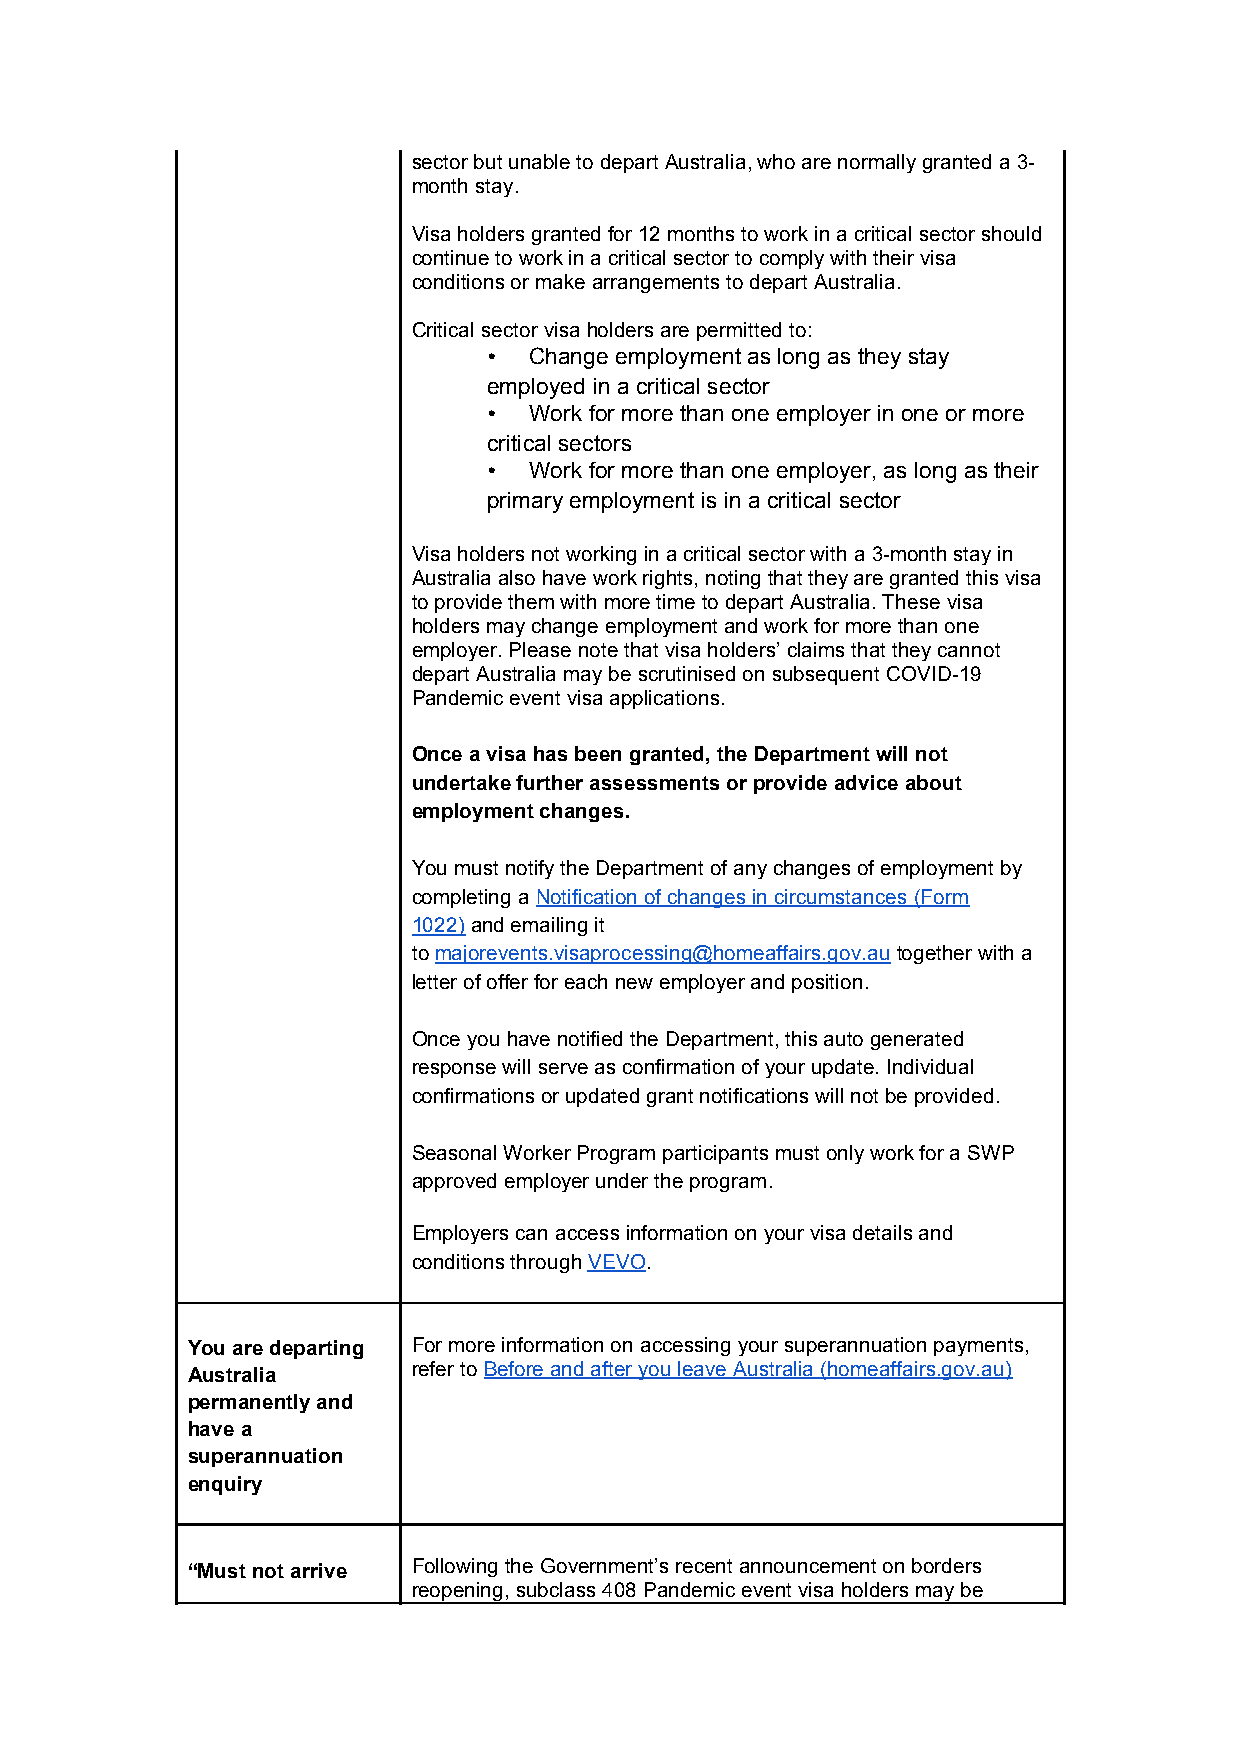
sector but unable to depart Australia, who are normally granted a 3-
 month stay.
 Visa holders granted for 12 months to work in a critical sector should
 continue to work in a critical sector to comply with their visa
 conditions or make arrangements to depart Australia.
 Critical sector visa holders are permitted to:
 •  Change employment as long as they stay
 employed in a critical sector
 •  Work for more than one employer in one or more
 critical sectors
 •  Work for more than one employer, as long as their
 primary employment is in a critical sector
 Visa holders not working in a critical sector with a 3-month stay in
 Australia also have work rights, noting that they are granted this visa
 to provide them with more time to depart Australia. These visa
 holders may change employment and work for more than one
 employer. Please note that visa holders’ claims that they cannot
 depart Australia may be scrutinised on subsequent COVID-19
 Pandemic event visa applications.
 Once a visa has been granted, the Department will not
 undertake further assessments or provide advice about
 employment changes.
 You must notify the Department of any changes of employment by
 completing a Notification of changes in circumstances (Form
 1022) and emailing it
 to majorevents.visaprocessing@homeaffairs.gov.au together with a
 letter of offer for each new employer and position.
 Once you have notified the Department, this auto generated
 response will serve as confirmation of your update. Individual
 confirmations or updated grant notifications will not be provided.
 Seasonal Worker Program participants must only work for a SWP
 approved employer under the program.
 Employers can access information on your visa details and
 conditions through VEVO.
 You are departing For more information on accessing your superannuation payments,
 Australia
 refer to Before and after you leave Australia (homeaffairs.gov.au)
 permanently and
 have a
 superannuation
 enquiry
 “Must not arrive Following the Government’s recent announcement on borders
 reopening, subclass 408 Pandemic event visa holders may be